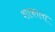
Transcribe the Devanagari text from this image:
शाकाला